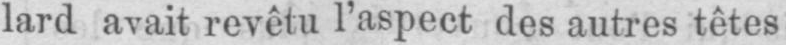
lard avait revêtu l’aspect des autres têtes